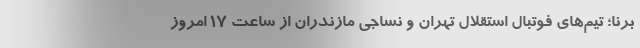
برنا؛ تیم‌های فوتبال استقلال تهران و نساجی مازندران از ساعت 17 امروز